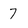
Character: 7